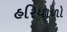
હરિયાળો